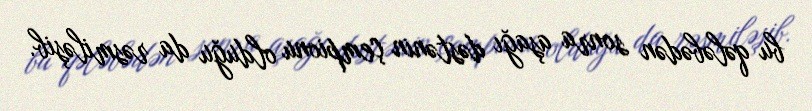
bu qələbədən sonra aşağı dəstənin çempionu olduğu da rəsmiləşib.